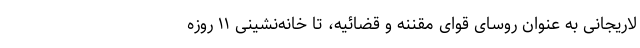
لاریجانی به عنوان روسای قوای مقننه و قضائیه، تا خانه‌نشینی ۱۱ روزه